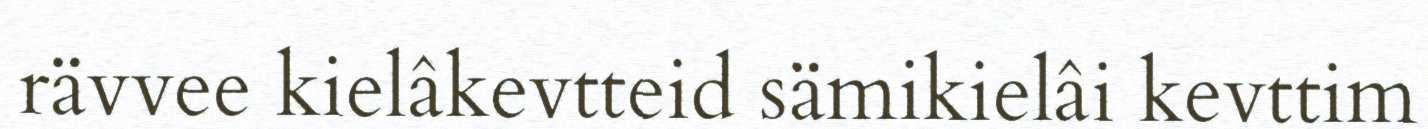
rävvee kielâkevtteid sämikielâi kevttim